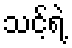
သင့်ရဲ့